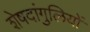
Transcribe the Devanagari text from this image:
शेषदांगुलियों